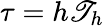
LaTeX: \tau=h\mathscr{T}_{h}